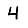
Digit: 4